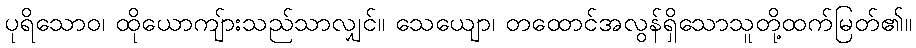
ပုရိသောဝ၊ ထိုယောကျ်ားသည်သာလျှင်။ သေယျော၊ တထောင်အလွန်ရှိသောသူတို့ထက်မြတ်၏။